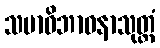
သမာဓိဘာဝနာသုတ္တံ